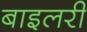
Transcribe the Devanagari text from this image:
बाइलरी